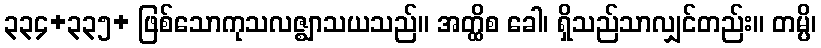
၃၃၄+၃၃၅+ ဖြစ်သောကုသလဇ္ဈာသယသည်။ အတ္ထိစ ခေါ၊ ရှိသည်သာလျှင်တည်း။ တမ္ပိ၊